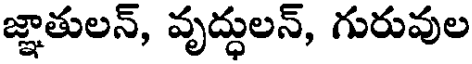
జ్ఞాతులన్, వృద్ధులన్, గురువుల